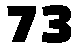
73